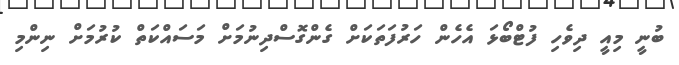
ބުނީ މިއީ ދިވެހި ފުޓްބޯޅަ އެހެން ހަރުފަތަކަށް ގެންގޮސްދިނުމަށް މަސައްކަތް ކުރުމަށް ނިންމި